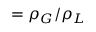
= \rho _ { G } / \rho _ { L }